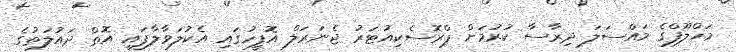
މަހްލޫފްގެ މައްސަލަ ދިރާސާ ކުރުމަށް ޕްރޮސެކިއުޓަރު ޖެނަރަލް އޮފީހުގައި އެކުލަވާލާފައި އޮތް ދައުލަތުގެ